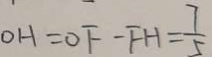
O H = O F - F H = \frac { 7 } { 5 }